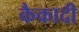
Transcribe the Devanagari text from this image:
कैकादी